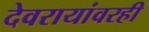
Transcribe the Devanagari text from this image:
देवरायांवरही